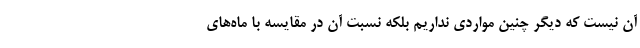
آن نیست که دیگر چنین مواردی نداریم بلکه نسبت آن در مقایسه با ماه‌های